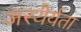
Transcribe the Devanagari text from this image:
अस्थैर्यता